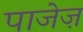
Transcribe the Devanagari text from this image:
पाजेज़